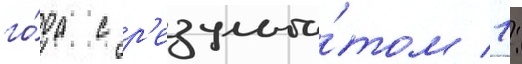
го́да с р'езульта́том 1: